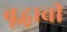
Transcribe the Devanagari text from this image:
बूद्धाची